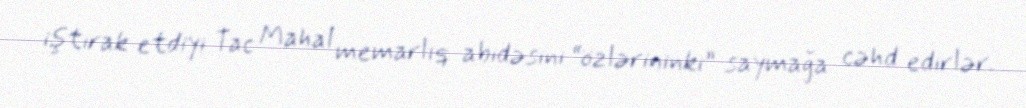
iştirak etdiyi Tac Mahal memarlıq abidəsini “özlərininki” saymağa cəhd edirlər.